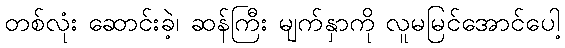
တစ်လုံး ဆောင်းခဲ့၊ ဆန်ကြီး မျက်နှာကို လူမမြင်အောင်ပေါ့